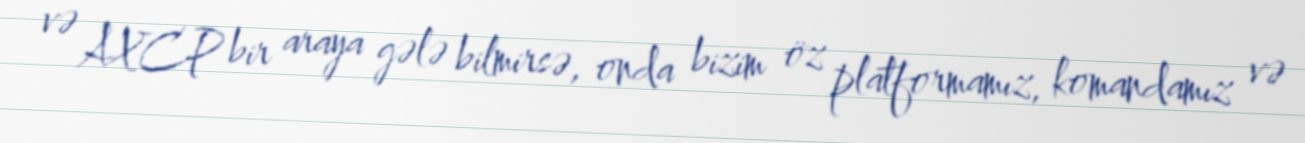
və AXCP bir araya gələ bilmirsə, onda bizim öz platformamız, komandamız və